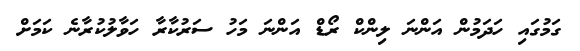
ގަމުގައި ހަދަމުން އަންނަ ލިންކް ރޯޑް އަންނަ މަހު ސަރުކާރާ ހަވާލުކުރާނެ ކަމަށް